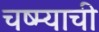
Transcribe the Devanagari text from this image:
चष्म्याची